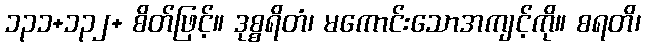
၁၃၁+၁၃၂+ စိတ်ဖြင့်။ ဒုစ္စရိတံ၊ မကောင်းသောအကျင့်ကို။ စရတိ၊